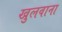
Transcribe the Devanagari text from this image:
खुलवाना